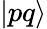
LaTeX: |pq\rangle